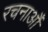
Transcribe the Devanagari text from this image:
रचनाऔं